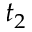
t _ { 2 }